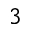
3